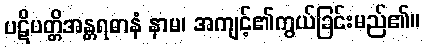
ပဋိပတ္တိအန္တရဓာနံ နာမ၊ အကျင့်၏ကွယ်ခြင်းမည်၏။